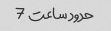
حدود ساعت 7